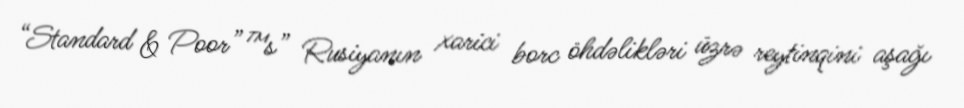
“Standard & Poor”™s” Rusiyanın xarici borc öhdəlikləri üzrə reytinqini aşağı